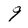
Character: 9